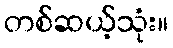
တစ်ဆယ့်သုံး။